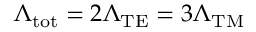
\Lambda _ { \mathrm { t o t } } = 2 \Lambda _ { \mathrm { T E } } = 3 \Lambda _ { \mathrm { T M } }